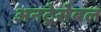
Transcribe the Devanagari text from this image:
अनट्रेसेबल